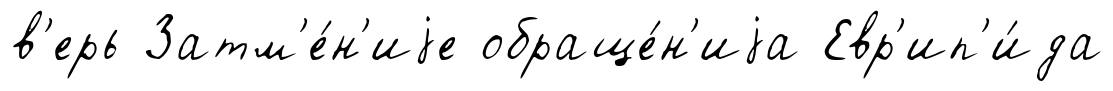
в'ерь Затм'е́н'иjе обраще́н'иjа Евр'ип'и́да